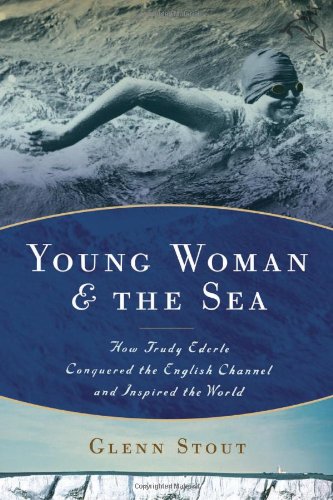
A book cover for Young Woman and the Sea: How Trudy Ederle Conquered the English Channel and Inspired the World; Glenn Stout; Sports & Outdoors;